Vaccination in Bombay 1924-1928 - 1924-1928
Year: 1924
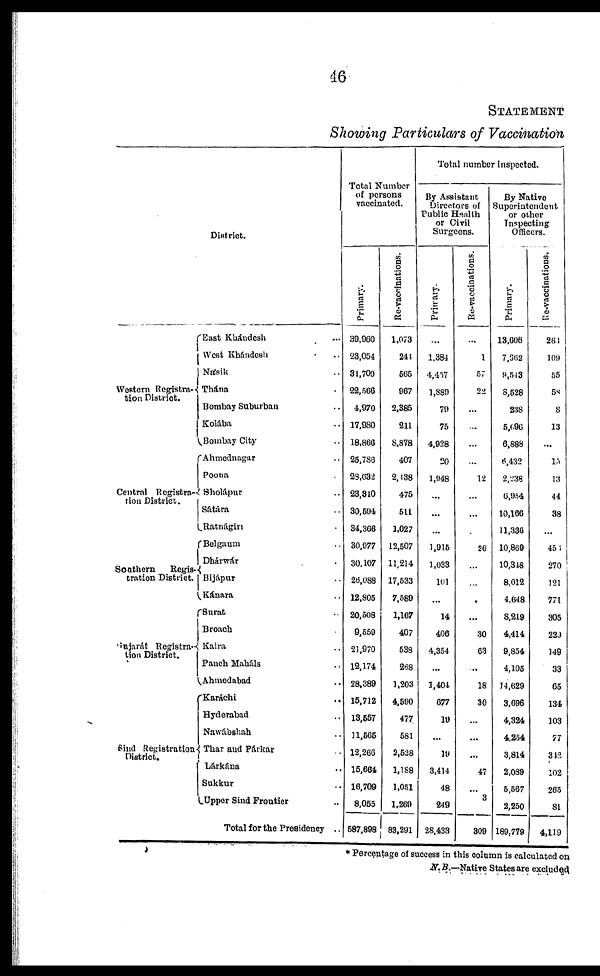
46
STATEMENT
Showing Particulars of Vaccination
District.
Western Registra¬
tion District.
Central Registra¬
tion District.
Southern
Regis-
tration District.
Gujarát Registra¬
tion District.
Sind Registration
District.
East Khándesh ...
West Khándesh ...
Násik ...
Thána ...
Bombay Suburban ...
Kolába ...
Bombay City ...
Ahmednagar ...
Poona ...
Sholápur ...
Sátára ...
Ratnágiri ...
Belgaum ...
Dhárwar ...
Bijápur ...
Kánara ...
Surat ...
Broach ...
Kaira ...
Panch Maháls ...
Ahmedabad ...
Karáchi ...
Hyderabad ...
Nawábshah ...
Thar and Párkar ...
Lárkána ...
Sukkur ...
Upper Sind Frontier ...
Total for the Presidency ...
Total Number
of persons
vaccinated.
Primary.
39,960
23,054
31,709
22,566
4,970
17,980
18,866
25,786
28,632
23,310
30,694
34,366
30,977
30,107
26,088
12,805
20,508
9,559
21,970
12,174
28,389
15,712
13,557
11,565
12,266
15,664
16,709
8,055
587,898
Re-vaccinations.
1,073
244
565
967
2,385
211
8,878
407
2,138
475
511
1,027
12,507
11,214
17,533
7,589
1,167
407
538
268
1,203
4,590
477
581
2,528
1,188
1,051
1,269
83,291
Total number inspected.
By Assistant
Directors of
Public Health
or Civil
Surgeons.
Primary.
...
1,384
4,457
1,889
79
75
4,928
20
1,948
...
...
...
1,915
1,033
101
...
14
406
4,354
...
1,404
677
19
...
19
3,414
48
249
28,433
Re-vaccinations.
...
1
57
22
...
...
...
...
12
...
...
...
26
...
...
...
...
30
63
...
18
30
...
...
...
47
...
3
309
By Native
Superintendent
or other
Inspecting
Officers.
Primary.
13,606
7,662
9,543
8,528
238
5,696
6,888
6,432
2,238
6,954
10,166
11,336
10,869
10,348
8,012
4,648
8,219
4,414
9,854
4,105
14,629
3,696
4,324
4,254
3,814
2,089
5,567
2,250
189,779
Re-vaccinations.
263
109
55
58
8
13
...
15
13
44
38
...
456
270
121
771
305
239
149
33
65
134
103
77
342
102
265
81
4,119
* Percentage of success in this column is calculated on
N. B.—Native States are excluded.